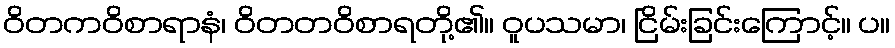
ဝိတကဝိစာရာနံ၊ ဝိတတဝိစာရတို့၏။ ဝူပသမာ၊ ငြိမ်းခြင်းကြောင့်။ ပ။